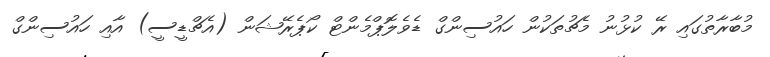
މުބާރާތުގައި ރޭ ކުޅުނު މެޗުތަކުން ހައުސިންގް ޑެވެލޮޕްމެންޓް ކޯޕެރޭޝަން (އެޗްޑީސީ) އާއި ހަައުސިންގް